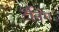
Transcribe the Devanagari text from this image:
टॅनिंग